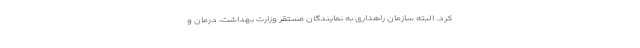
کرد. البته سازمان راهداری به نمایندگان مستقر وزارت بهداشت، درمان و